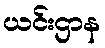
ယင်းဌာန